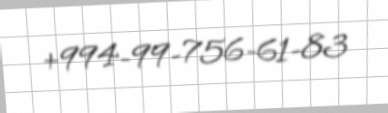
+994-99-756-61-83